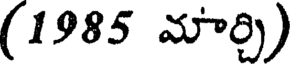
(1985 మార్చి)